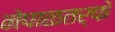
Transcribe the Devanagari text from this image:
नेपाळतर्फे